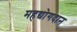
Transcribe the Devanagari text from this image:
महद्योगदान